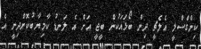
ކިންގްސްލީ އެލެޗީ ދިން ބޯޅައަކުން ބީޖީ އަށް އެ ލަނޑު ކާމިޔާބުކޮށްދިނީ އެ